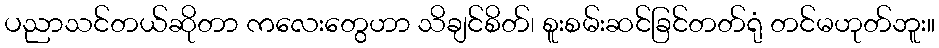
ပညာသင်တယ်ဆိုတာ ကလေးတွေဟာ သိချင်စိတ်၊ စူးစမ်းဆင်ခြင်တတ်ရုံ တင်မဟုတ်ဘူး။